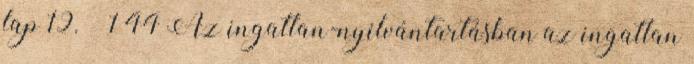
lap 19. § 1 44 Az ingatlan-nyilvántartásban az ingatlan